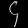
Digit: ၄